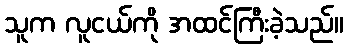
သူက လူငယ်ကို အထင်ကြီးခဲ့သည်။